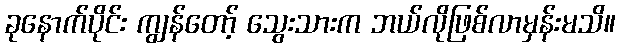
ခုနောက်ပိုင်း ကျွန်တော့် သွေးသားက ဘယ်လိုဖြစ်လာမှန်းမသိ။